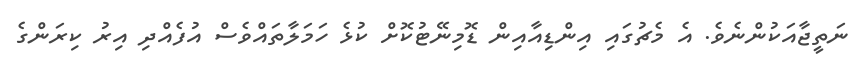
ނަތީޖާއަކުންނެވެ. އެ މެޗުގައި އިންޑިއާއިން ޑޮމިނޭޓުކޮށް ކުޅެ ހަމަލާތައްވެސް އުފެއްދި އިރު ކިރަންގެ